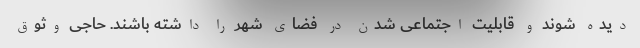
دیده شوند و قابلیت اجتماعی شدن در فضای شهر را داشته باشند. حاجی وثوق